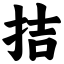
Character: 拮